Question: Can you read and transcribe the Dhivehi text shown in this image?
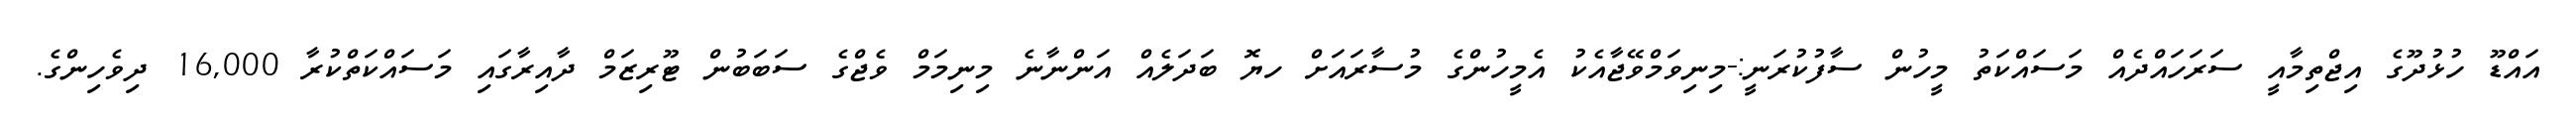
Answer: އައްޑޫ ހުޅުދޫގެ އިޖްތިމާއީ ސަރަހައްދެއް މަސައްކަތު މީހުން ސާފުކުރަނީ:-މިނިވަމްވޭޖާއެކު އެމީހުންގެ މުސާރައަށް ހޔޮ ބަދަލެއް އަންނާނެ މިނިމަމް ވެޖްގެ ސަބަބުން ޓޫރިޒަމް ދާއިރާގައި މަސައްކަތްކުރާ 16,000 ދިވެހިންގެ.